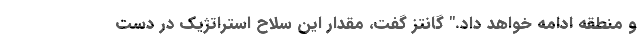
و منطقه ادامه خواهد داد." گانتز گفت، مقدار این سلاح استراتژیک در دست